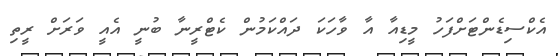
އެކްސިޑެންޓަށްފަހު މީޑިއާ އާ ވާހަކަ ދައްކަމުން ކެޓްރީނާ ބުނީ އެއީ ވަރަށް ރީތި